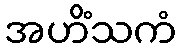
အဟိံသကံ